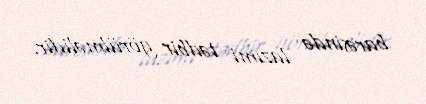
barəsində lazımi tədbir görülməlidir.